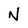
Character: N